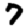
Digit: 7